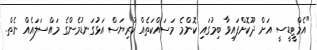
"އެމްޓީޑީސީ އަށް ދޫކޮށްފައިވާ ބިމުގައި ކޮންމެ މަސައްކަތެއް ކުރިޔަސް އަޅުގަނޑުމެންގެ މައްސަލައެއް ނެތް.